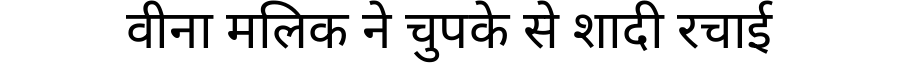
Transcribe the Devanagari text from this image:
वीना मलिक ने चुपके से शादी रचाई